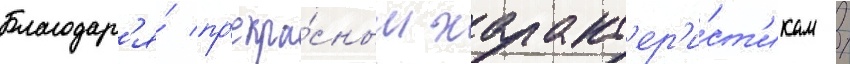
Благодар'я́ пр'екра́сным характ'ер'и́ст'икам /